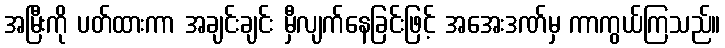
အမြီးကို ပတ်ထားကာ အချင်းချင်း မှီလျက်နေခြင်းဖြင့် အအေးဒဏ်မှ ကာကွယ်ကြသည်။